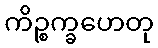
ကိဉ္စက္ခဟေတု